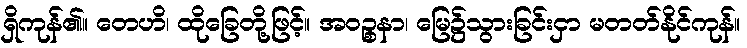
ရှိကုန်၏။ တေဟိ၊ ထိုခြေတို့ဖြင့်။ အဝဉ္စနာ၊ မြေ၌သွားခြင်းငှာ မတတ်နိုင်ကုန်။